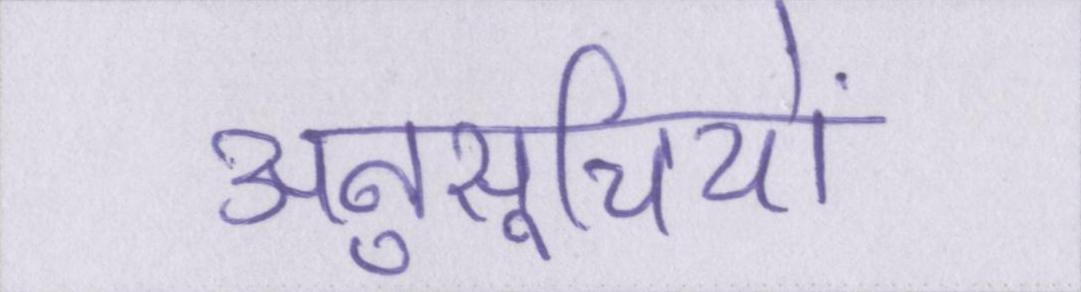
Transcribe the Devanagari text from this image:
अनुसूचियों